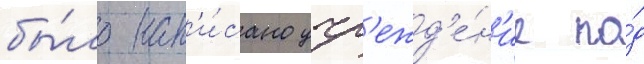
бы́ло нап'и́сано учр'ежд'е́н'ие по́д